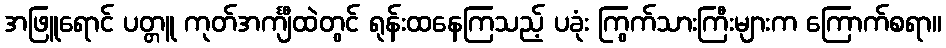
အဖြူရောင် ပတ္တူ ကုတ်အင်္ကျီထဲတွင် ရုန်းထနေကြသည့် ပခုံး ကြွက်သားကြီးများက ကြောက်စရာ။